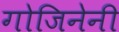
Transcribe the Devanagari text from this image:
गोजिनेनी